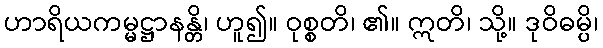
ဟာရိယကမ္မဋ္ဌာနန္တိ၊ ဟူ၍။ ဝုစ္စတိ၊ ၏။ ဣတိ၊ သို့။ ဒုဝိဓမ္ပိ၊